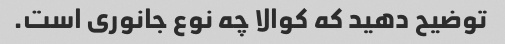
توضیح دهید که کوالا چه نوع جانوری است.